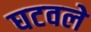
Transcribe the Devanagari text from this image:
घटवले